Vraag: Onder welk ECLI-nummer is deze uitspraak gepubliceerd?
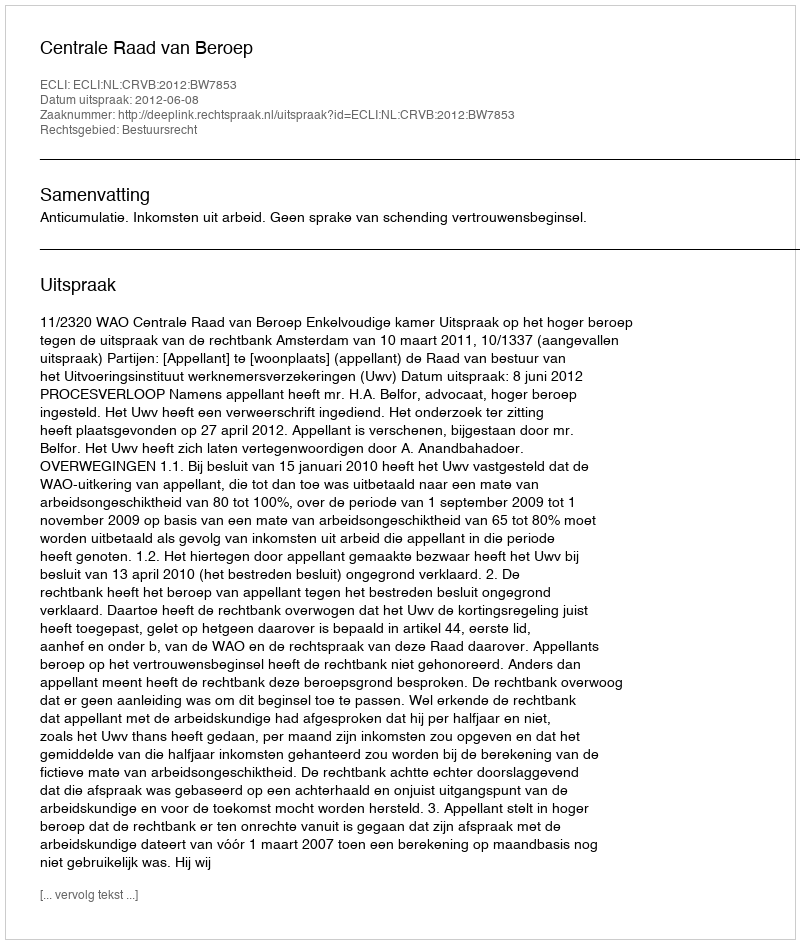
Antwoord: ECLI:NL:CRVB:2012:BW7853